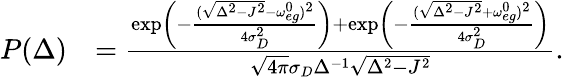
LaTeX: \begin{array}{rl}{P(\Delta)}&{=\frac{\exp\left(-\frac{(\sqrt{\Delta^{2}-J^{2}}-\omega_{eg}^{0})^{2}}{4\sigma_{D}^{2}}\right)+\exp\left(-\frac{(\sqrt{\Delta^{2}-J^{2}}+\omega_{eg}^{0})^{2}}{4\sigma_{D}^{2}}\right)}{\sqrt{4\pi}\sigma_{D}\Delta^{-1}\sqrt{\Delta^{2}-J^{2}}}.}\end{array}